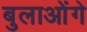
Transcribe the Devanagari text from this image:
बुलाओंगे